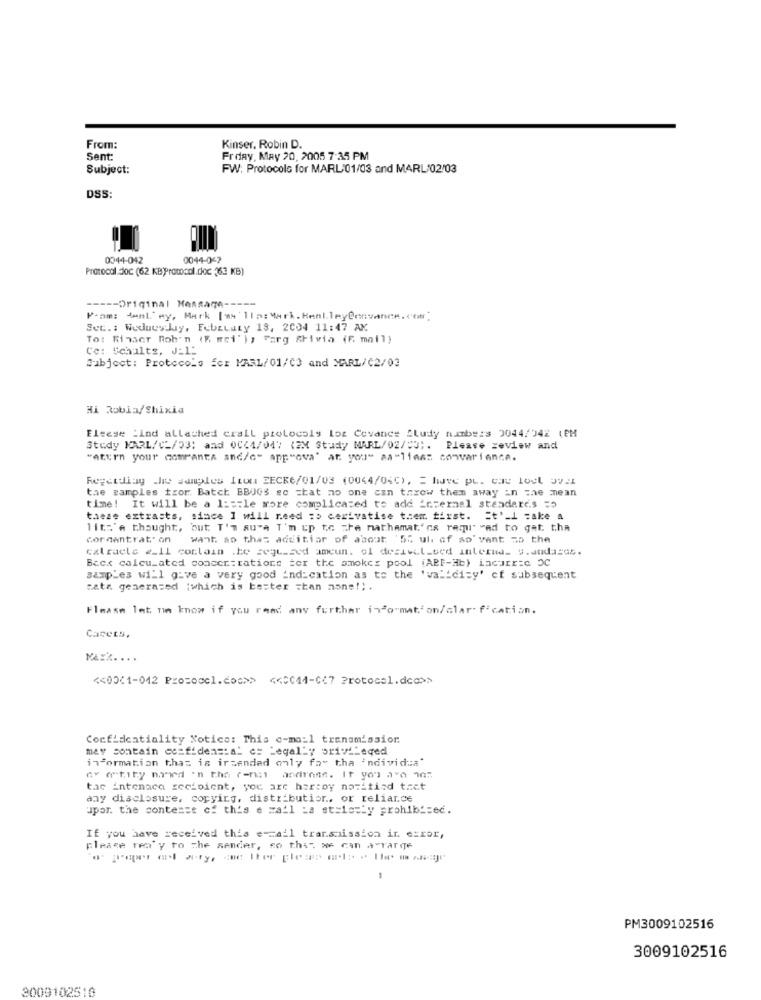
From:
Kinser, Robin D.
Sent:
Frday, May 20, 2005 7:35 PM
Subject:
FW: Protocols for MARL'01/03 and MARL'02/03
DSS:
0044-042
0044-042
Protocol 0c (62 KBProtocol.doc (63 KB)
----- Original Message -----
From: Janl. my, Mark [as'lla: Mark. HenlleyCocvance. C'off]
Set .: WodacyJuy, FebzLuty 18, 2004 11:47 AK
To: Rinser Rob'n (" wei'), Farg Srixia (F. mail)
Ce: Schults, J:1:
Subject: Protocols fer MARL/01/03 and MARL/C2/03
Hi Robia/Shixia
Elsese :Ind allached crail protocols los Cevance Sludy numbers 0044/542 (PM
Study KARL/CL/33; and 0C(4/047 (2X Study MARL/02/03 :. Please review and
"aturn your comranta and/c" app"ova' at you" aa"11mss convariance.
Rejetdiay the samples Itou EECKE/01/03 (0044/050), = have pl. cat lout Jv_1
the samples tror Batch BBUGS so that no one can throw them away in the mean
time! It will be a 1 :== le more complicated to add internal standards =
these extrasts, since 1 will need :> derivatise them first. Et'_1 cake a
lit:'e thought, but T'a aura I'm up te che nathamat' os ramu" vad to gat. tha
Gor gantrat. on
want ao that additiar of about '55 ul. of so' vant so the
cxtracts 2_Il contain .ke zeqt-zed ameun. el decivil-sed interna_ s. audaces.
Back calculated concer:rations ter the smoker pool (ABF-Hb) incurrie OC
samples will give a very good indication as to the 'validity' cf subsequent
sate generated (which is better than none !; .
Please let me know if you rand any further information/clarification.
Cacets.
MA:X. ...
<< 00(1-042 Prosoccl.coc>> << 0C44-0(7 Protocol.dca>>
Confidentiality Notice: This e-mail transmission
may contain confidential c= Legally privileged
information that is irzendad only for tha individua'
ay atity nwd in the rent andrene. It you are 1"
tac intonaca recipient, you are har:oy nowitisd tact
any disclosure, copying, distribution .. or reliance
upor. the content of this e mail La strictly prohibited.
If you have received this e-mail transmission in. exxor,
please ren'y to the sender, so that we can arrange
a proper Gol Ary, se ther pleas ale . the manage
PM3009102516
3009102516
3009102510